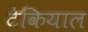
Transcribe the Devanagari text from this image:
टेकियाल